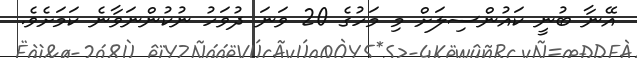
އޭނާ ބުނީ ކައުންސިލަށް މި މަހުގެ 20 ވަނަ ދުވަހު ނުކުންނަވާނެ ކަމަށެވެ.